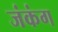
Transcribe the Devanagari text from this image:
जंकंग